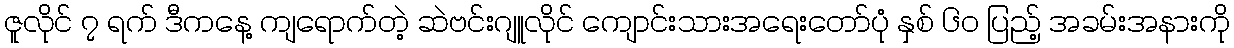
ဇူလိုင် ၇ ရက် ဒီကနေ့ ကျရောက်တဲ့ ဆဲဗင်းဂျူလိုင် ကျောင်းသားအရေးတော်ပုံ နှစ် ၆၀ ပြည့် အခမ်းအနားကို